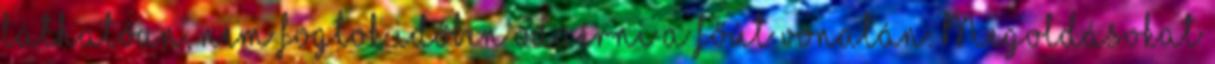
láthatóan, nem fogtok időben odaérni a főút vonalán. Megoldásokat